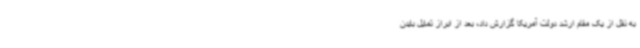
به نقل از یک مقام ارشد دولت آمریکا گزارش داد، بعد از ابراز تمایل بایدن